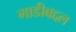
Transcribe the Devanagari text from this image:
गाडीबद्दल